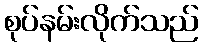
စုပ်နမ်းလိုက်သည်